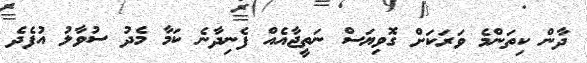
ދާން ކިތަންމެ ވަރަކަށް ގޮވިޔަސް ނަތީޖާއެއް ފެނިދާނެ ކަމާ މެދު ސުވާލު އުފެދެ